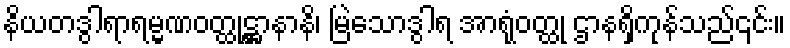
နိယတဒွါရာရမ္မဏဝတ္ထုဋ္ဌာနာနိ၊ မြဲသောဒွါရ အာရုံဝတ္ထု ဌာနရှိကုန်သည်၎င်း။